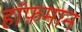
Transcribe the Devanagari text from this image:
हॉफ़मान